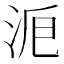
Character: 𣴋